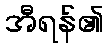
အီရန်၏